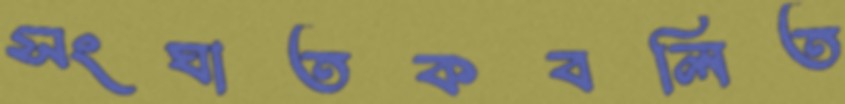
সংঘাতকবলিত